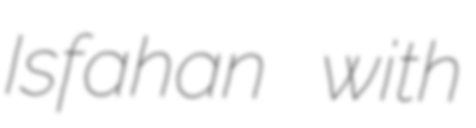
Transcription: Isfahan with